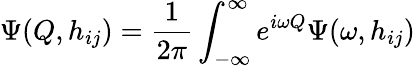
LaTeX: \Psi(Q,h_{ij})=\frac{1}{2\pi}\int_{-\infty}^{\infty}e^{i\omega Q}\Psi(\omega,h_{ij})